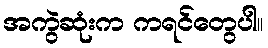
အကွဲဆုံးက ကရင်တွေပါ။